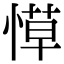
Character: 愺